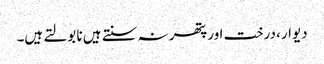
دیوار، درخت اور پتھر نہ سنتے ہیں نا بولتے ہیں۔